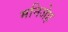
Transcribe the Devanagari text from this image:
मनिजेह